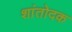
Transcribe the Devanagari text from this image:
शांतोदक